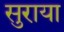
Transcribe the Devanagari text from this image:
सुराया